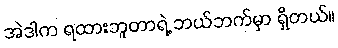
အဲဒါက ရထားဘူတာရဲ့ ဘယ်ဘက်မှာ ရှိတယ်။